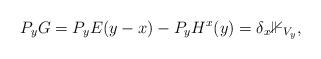
LaTeX: \begin{align*}P_yG=P_yE(y-x)-P_yH^x(y)=\delta_x\mathbb{1}_{V_y},\end{align*}